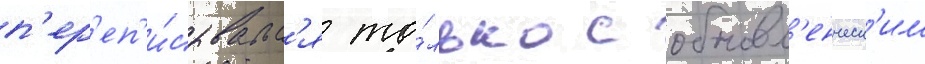
п'ер'еп'и́сывалс'я то́лько с обновл'енческ'им